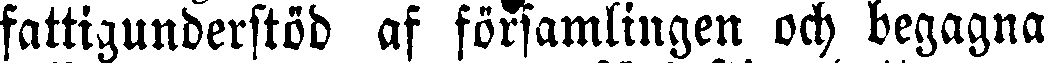
fattigunderstöd af församlingen och begagna